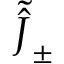
\tilde { \hat { J } } _ { \pm }